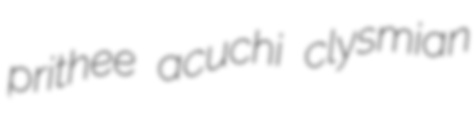
prithee acuchi clysmian